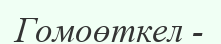
Гомоөткел -